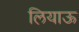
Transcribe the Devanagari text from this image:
लियाऊ